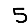
Digit: 5